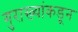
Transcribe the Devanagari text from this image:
गुराख्यांकडून